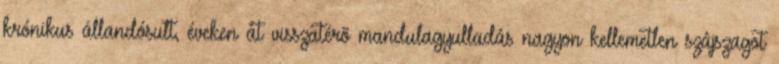
krónikus állandósult, éveken át visszatérõ mandulagyulladás nagyon kellemetlen szájszagot